Annual report of the Punjab Veterinary College and of the Civil Veterinary Department, Punjab - 1909-1919
Year: 1909
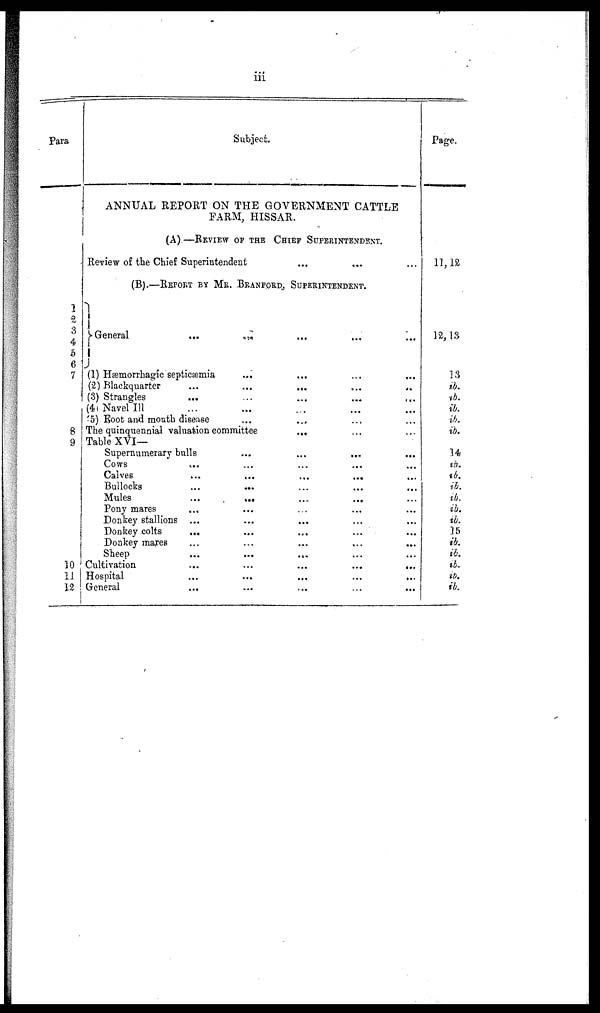
iii
Para
1
2
3
4
5
6
7
8
9
10
11
12
Subject.
ANNUAL REPORT ON THE GOVERNMENT CATTLE
FARM, HISSAR.
(A) —REVIEW OF THE CHIEF SUPERINTENDENT
Review of the Chief Superintendent ... ... ...
(B).—REPORT BY MR. BRANDFORD, SUPRINEDENT.
General
...
...
...
...
...
(1) Hæmorrhagic septicæmia
...
...
(2) Blackquarter ... ... ... ... ...
(3) Strangles ... ... ... ... ...
(4) Navel Ill ... ... ... ... ...
(5) Foot and mouth disease ... ... ... ... ...
The quinquennial valuation committee ... ... ... ... ...
Table XVI—
Supernumerary bulls ... ... ... ... ...
Cows ... ... ... ... ...
Calves ... ... ... ... ...
Bullocks ... ... ... ... ...
Mules
...
...
...
...
...
Pony mares ... ... ... ... ...
Donkey stallions ... ... ... ... ...
Donkey colts ... ... ... ... ...
Donkey mares ... ... ... ... ...
Sheep ... ... ... ... ...
Cultivation
...
...
...
...
...
Hospital
...
...
...
...
...
General ... ... ... ... ...
Page.
11, 12
12, 13
13
ib.
ib.
ib.
ib.
ib.
14
ib.
ib.
ib.
ib.
ib.
ib.
15
ib.
ib.
ib.
ib.
ib.